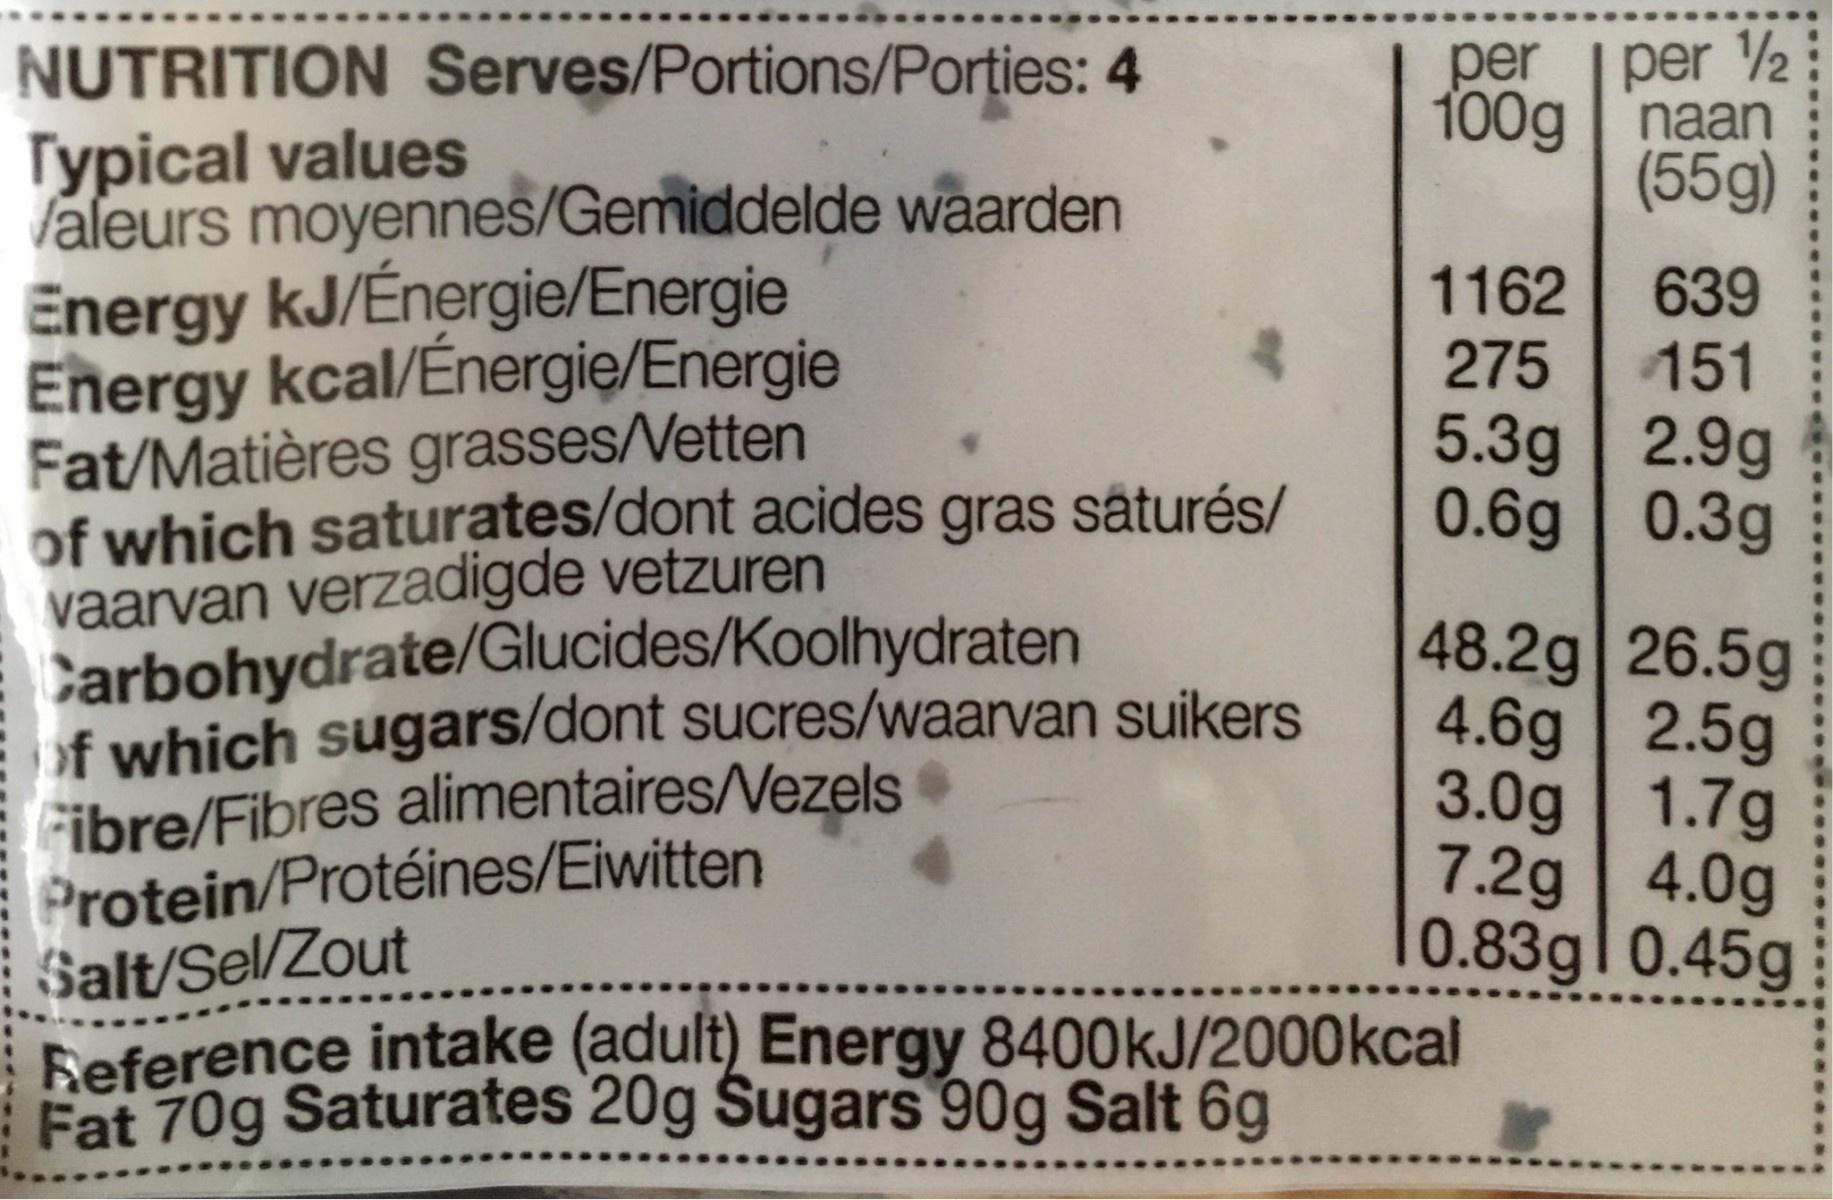
per per 2 100g naan (55g)
NUTRITION Serves/Portions/Porties: 4 Typical values laleurs moyennes/Gemiddelde waarden Energy kJ/Énergie/Energie Energy kcal/Énergie/Energie Fat/Matières grasses/Vetten of which saturates/dont acides gras sâturés/ vaarvan verzadigde vetzuren Carbohydrate/Glucides/Koolhydraten of which sugars/dont sucres/waarvan suikers Fibre/Fibres alimentaires/Vezels Protein/Protéines/Eiwitten Salt/Sel/Zout heference intake (adult) Energy 8400KJ/2000kcal Fat 70g Saturates 20g Sugars 90g Salt 6g
1162 275
639 151 5.3g 2.9g 0.6g 0.3g
48.2g 26.5g 4.6g 2.5g 3.0g 1.7g 7.2g 4.0g 0.83gl0.45g